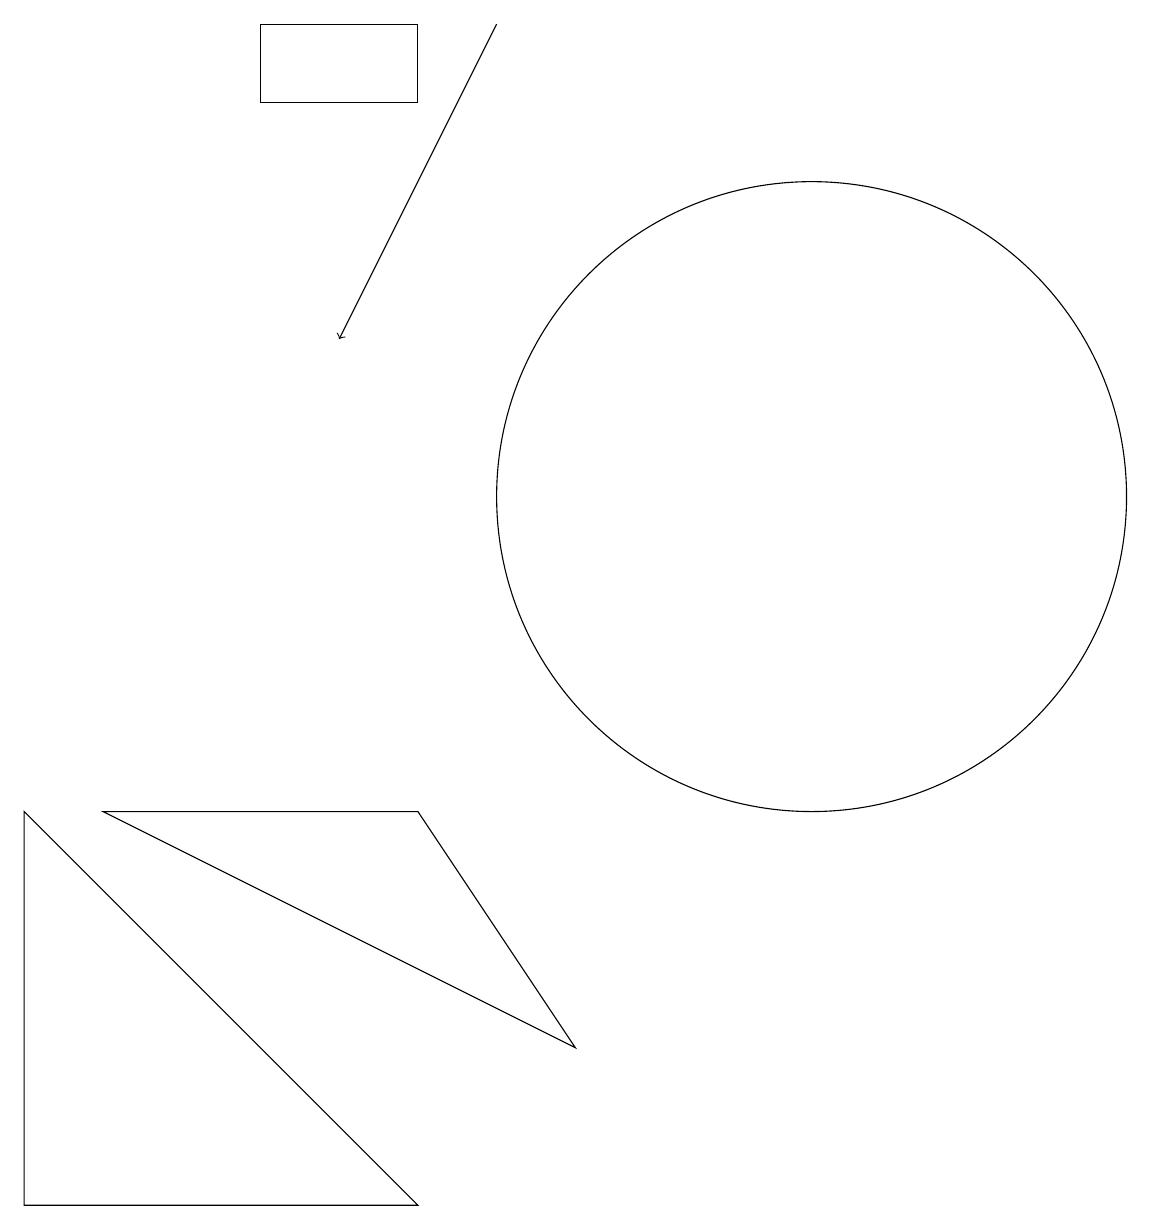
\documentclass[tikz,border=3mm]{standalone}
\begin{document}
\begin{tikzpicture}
\draw (12,10) circle (4);
\draw (7,6) -- (3,6) -- (9,3) -- cycle;
\draw[->] (8,16) -- (6,12);
\draw (2,6) -- (7,1) -- (2,1) -- cycle;
\draw (7,16) rectangle (5,15);
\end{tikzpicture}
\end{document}